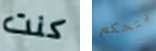
كنت يتحكم